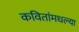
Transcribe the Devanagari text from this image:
कवितांमधल्या